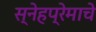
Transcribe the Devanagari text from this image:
स्नेहप्रेमाचे